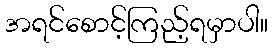
အရင်စောင့်ကြည့်ရမှာပါ။